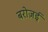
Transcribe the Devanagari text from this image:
बरोज़ई